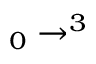
_ { 0 } \to ^ { 3 }